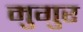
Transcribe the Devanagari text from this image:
मुगुर